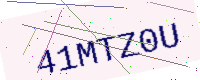
Text: 41MTZ0U